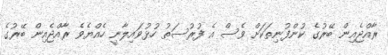
ރާއްޖެއިން ބޭރުގެ ކުންފުނިތަކަށް ވެސް އެ ފުރުސަތު ހުޅުވައިލާނީ ހެއްޔެވެ ރާއްޖެއިން ބޭރުގެ